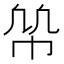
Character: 𢂨